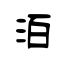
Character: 洦